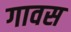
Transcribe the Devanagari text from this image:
गावस